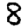
Digit: 8